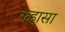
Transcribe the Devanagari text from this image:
कहासा